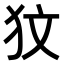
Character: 𤝋